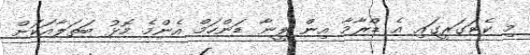
މި ކެޓަގަރީގައި އެ ޑްރާމާ އިން ލީނާ ޑަންހަމް އެންމެ މޮޅު ބަތަލާއަކަށް